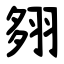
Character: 翗